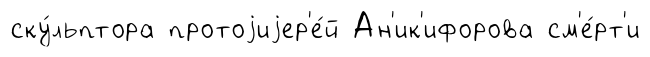
ску́льптора протоjиjер'е́й Ан'ик'ифорова см'е́рт'и